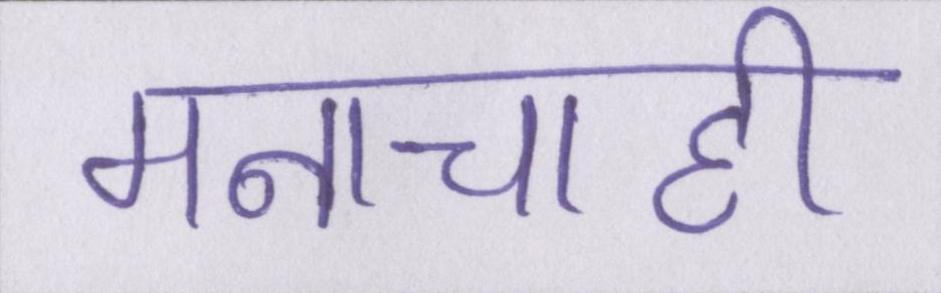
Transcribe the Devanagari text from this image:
मनाचाही